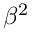
\beta ^ { 2 }